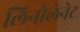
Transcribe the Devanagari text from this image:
लिनोलेनेट